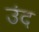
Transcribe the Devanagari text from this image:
उंद